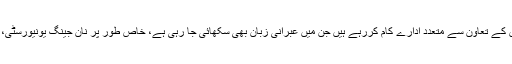
چین اور اسرائیل کے درمیان تعلیمی میدان میں بھی گہرا تعاون موجود ہے، چین میں اسرائیل اور یہودیوں کے تعاون سے متعدد ادارے کام کررہے ہیں جن میں عبرانی زبان بھی سکھائی جا رہی ہے، خاص طور پر نان جینگ یونیورسٹی، ھنان یونیورسٹی اور شنڈونگ یونیورسٹی جیسے ادارے چین اور اسرائیل کے تعاون سے کام کررہےہیں۔